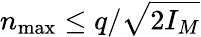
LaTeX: n_{\mathrm{max}}\leq q/\sqrt{2I_{M}}